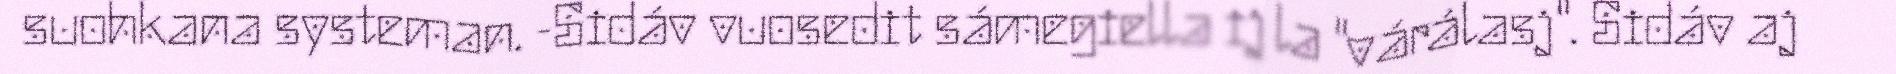
suohkana systeman. -Sidáv vuosedit sámegiella ij la "várálasj". Sidáv aj